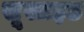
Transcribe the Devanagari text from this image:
सूसाइड